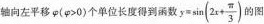
轴向左平移\varphi ($$\varphi >0$$)个单位长度得到函数$$y= \sin(2x+ \frac{\pi}{3})$$ 的图